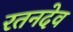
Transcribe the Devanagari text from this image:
रतनदेव